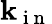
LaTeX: \mathbf{k}_{\mathrm{{~i~n~}}}